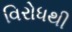
વિરોધથી